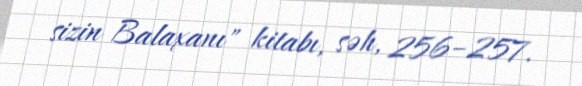
sizin Balaxanı" kitabı, səh, 256–257.